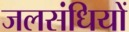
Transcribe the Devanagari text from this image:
जलसंधियों